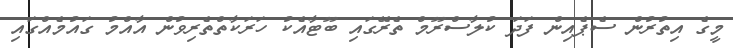
މީގެ އިތުރުން ސެޕެއިން ފަދަ ކުލާސްރޫމް ތެރޭގައި ބޫޓާއެކު ހަރަކާތްތެރިވުން އާއްމު ގައުމެއްގައި